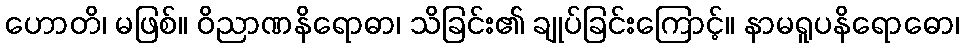
ဟောတိ၊ မဖြစ်။ ဝိညာဏနိရောဓာ၊ သိခြင်း၏ ချုပ်ခြင်းကြောင့်။ နာမရူပနိရောဓော၊